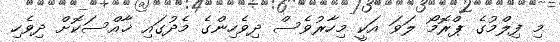
މި ފިލްމުގެ ޕްރޮމޯ ލަވަ އަކީ މިހާރުވެސް ދިވެހިންގެ މެދުގައި ޚާއްސަކޮށް ދިވެހި